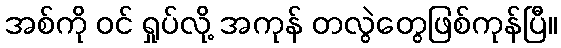
အစ်ကို ဝင် ရှုပ်လို့ အကုန် တလွဲတွေဖြစ်ကုန်ပြီ။